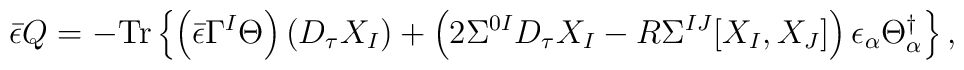
{\bar \epsilon}Q =-{\rm Tr}\left\{\left({\bar \epsilon}\Gamma^I \Theta\right) \left(D_\tau X_I\right)+\left(2\Sigma^{0I}D_\tau X_I -R\Sigma^{IJ} [X_I,X_J]\right)\epsilon_{\alpha}\Theta_\alpha^{\dag}\right\} ,